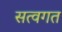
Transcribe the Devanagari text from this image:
सत्वगत